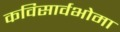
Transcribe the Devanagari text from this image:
कविसार्वभोमा